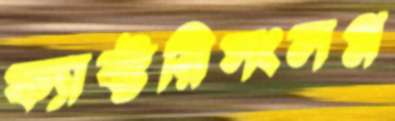
ফ্যাক্টরিসংলগ্ন